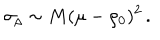
\sigma _ { \rho } \sim M ( \mu - \rho _ { 0 } ) ^ { 2 } \, .